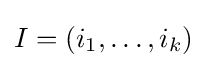
I=(i_{1},\ldots ,i_{k})